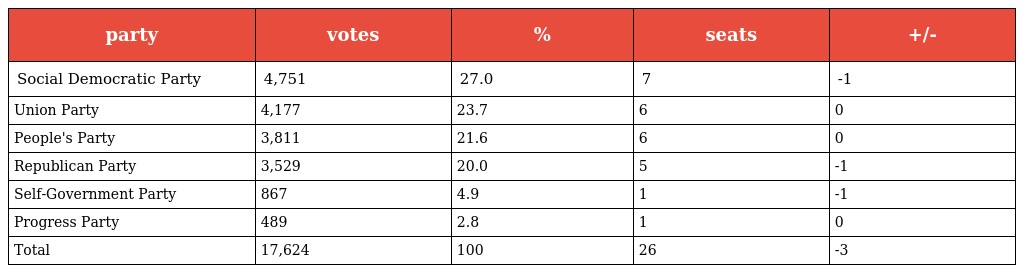
| party | votes | % | seats | +/- |
 | --- | --- | --- | --- | --- |
 | Social Democratic Party | 4,751 | 27.0 | 7 | -1 |
 | Union Party | 4,177 | 23.7 | 6 | 0 |
 | People's Party | 3,811 | 21.6 | 6 | 0 |
 | Republican Party | 3,529 | 20.0 | 5 | -1 |
 | Self-Government Party | 867 | 4.9 | 1 | -1 |
 | Progress Party | 489 | 2.8 | 1 | 0 |
 | Total | 17,624 | 100 | 26 | -3 |